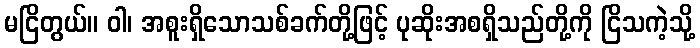
မငြိတွယ်။ ဝါ၊ အစူးရှိသောသစ်ခက်တို့ဖြင့် ပုဆိုးအစရှိသည်တို့ကို ငြိသကဲ့သို့